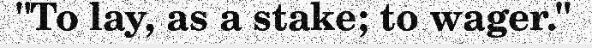
"To lay, as a stake; to wager."